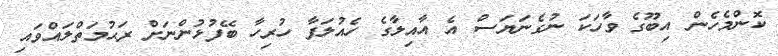
ކޮންމެހެން އިބޫގެ ވާހަކަ ނުގެނަޔަސް އެ އާއިލާގެ ހެއުލަފާ ހުރިހާ ބޭފުޅުންނަށް ރަޙުމަތްލައްވައި